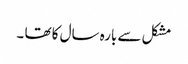
مشکل سے بارہ سال کا تھا ۔